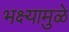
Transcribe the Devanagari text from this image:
भक्ष्यामुळे